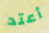
أعتد